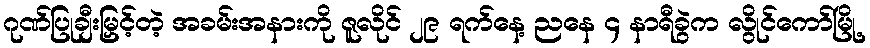
ဂုဏ်ပြုချီးမြှင့်တဲ့ အခမ်းအနားကို ဇူလိုင် ၂၉ ရက်နေ့ ညနေ ၄ နာရီခွဲက လွိုင်ကော်မြို့